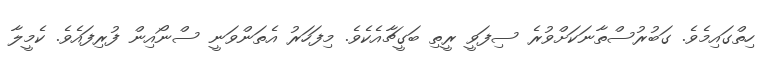
ހިތްގައިމެވެ. ގަބުރުސްތާނަކަށްވުރެ ސިފަވީ ރީތި ބަގީޗާއެކެވެ. މިފަހަރު އެތަންވަނީ ސްނޯއިން ފުރިފައެވެ. ކެމީލާ